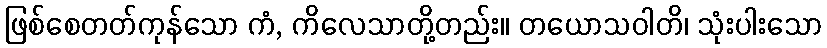
ဖြစ်စေတတ်ကုန်သော ကံ, ကိလေသာတို့တည်း။ တယောသဝါတိ၊ သုံးပါးသော